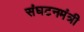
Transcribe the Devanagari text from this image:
संघटनमंत्री